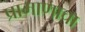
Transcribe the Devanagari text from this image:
प्रामाणाचा